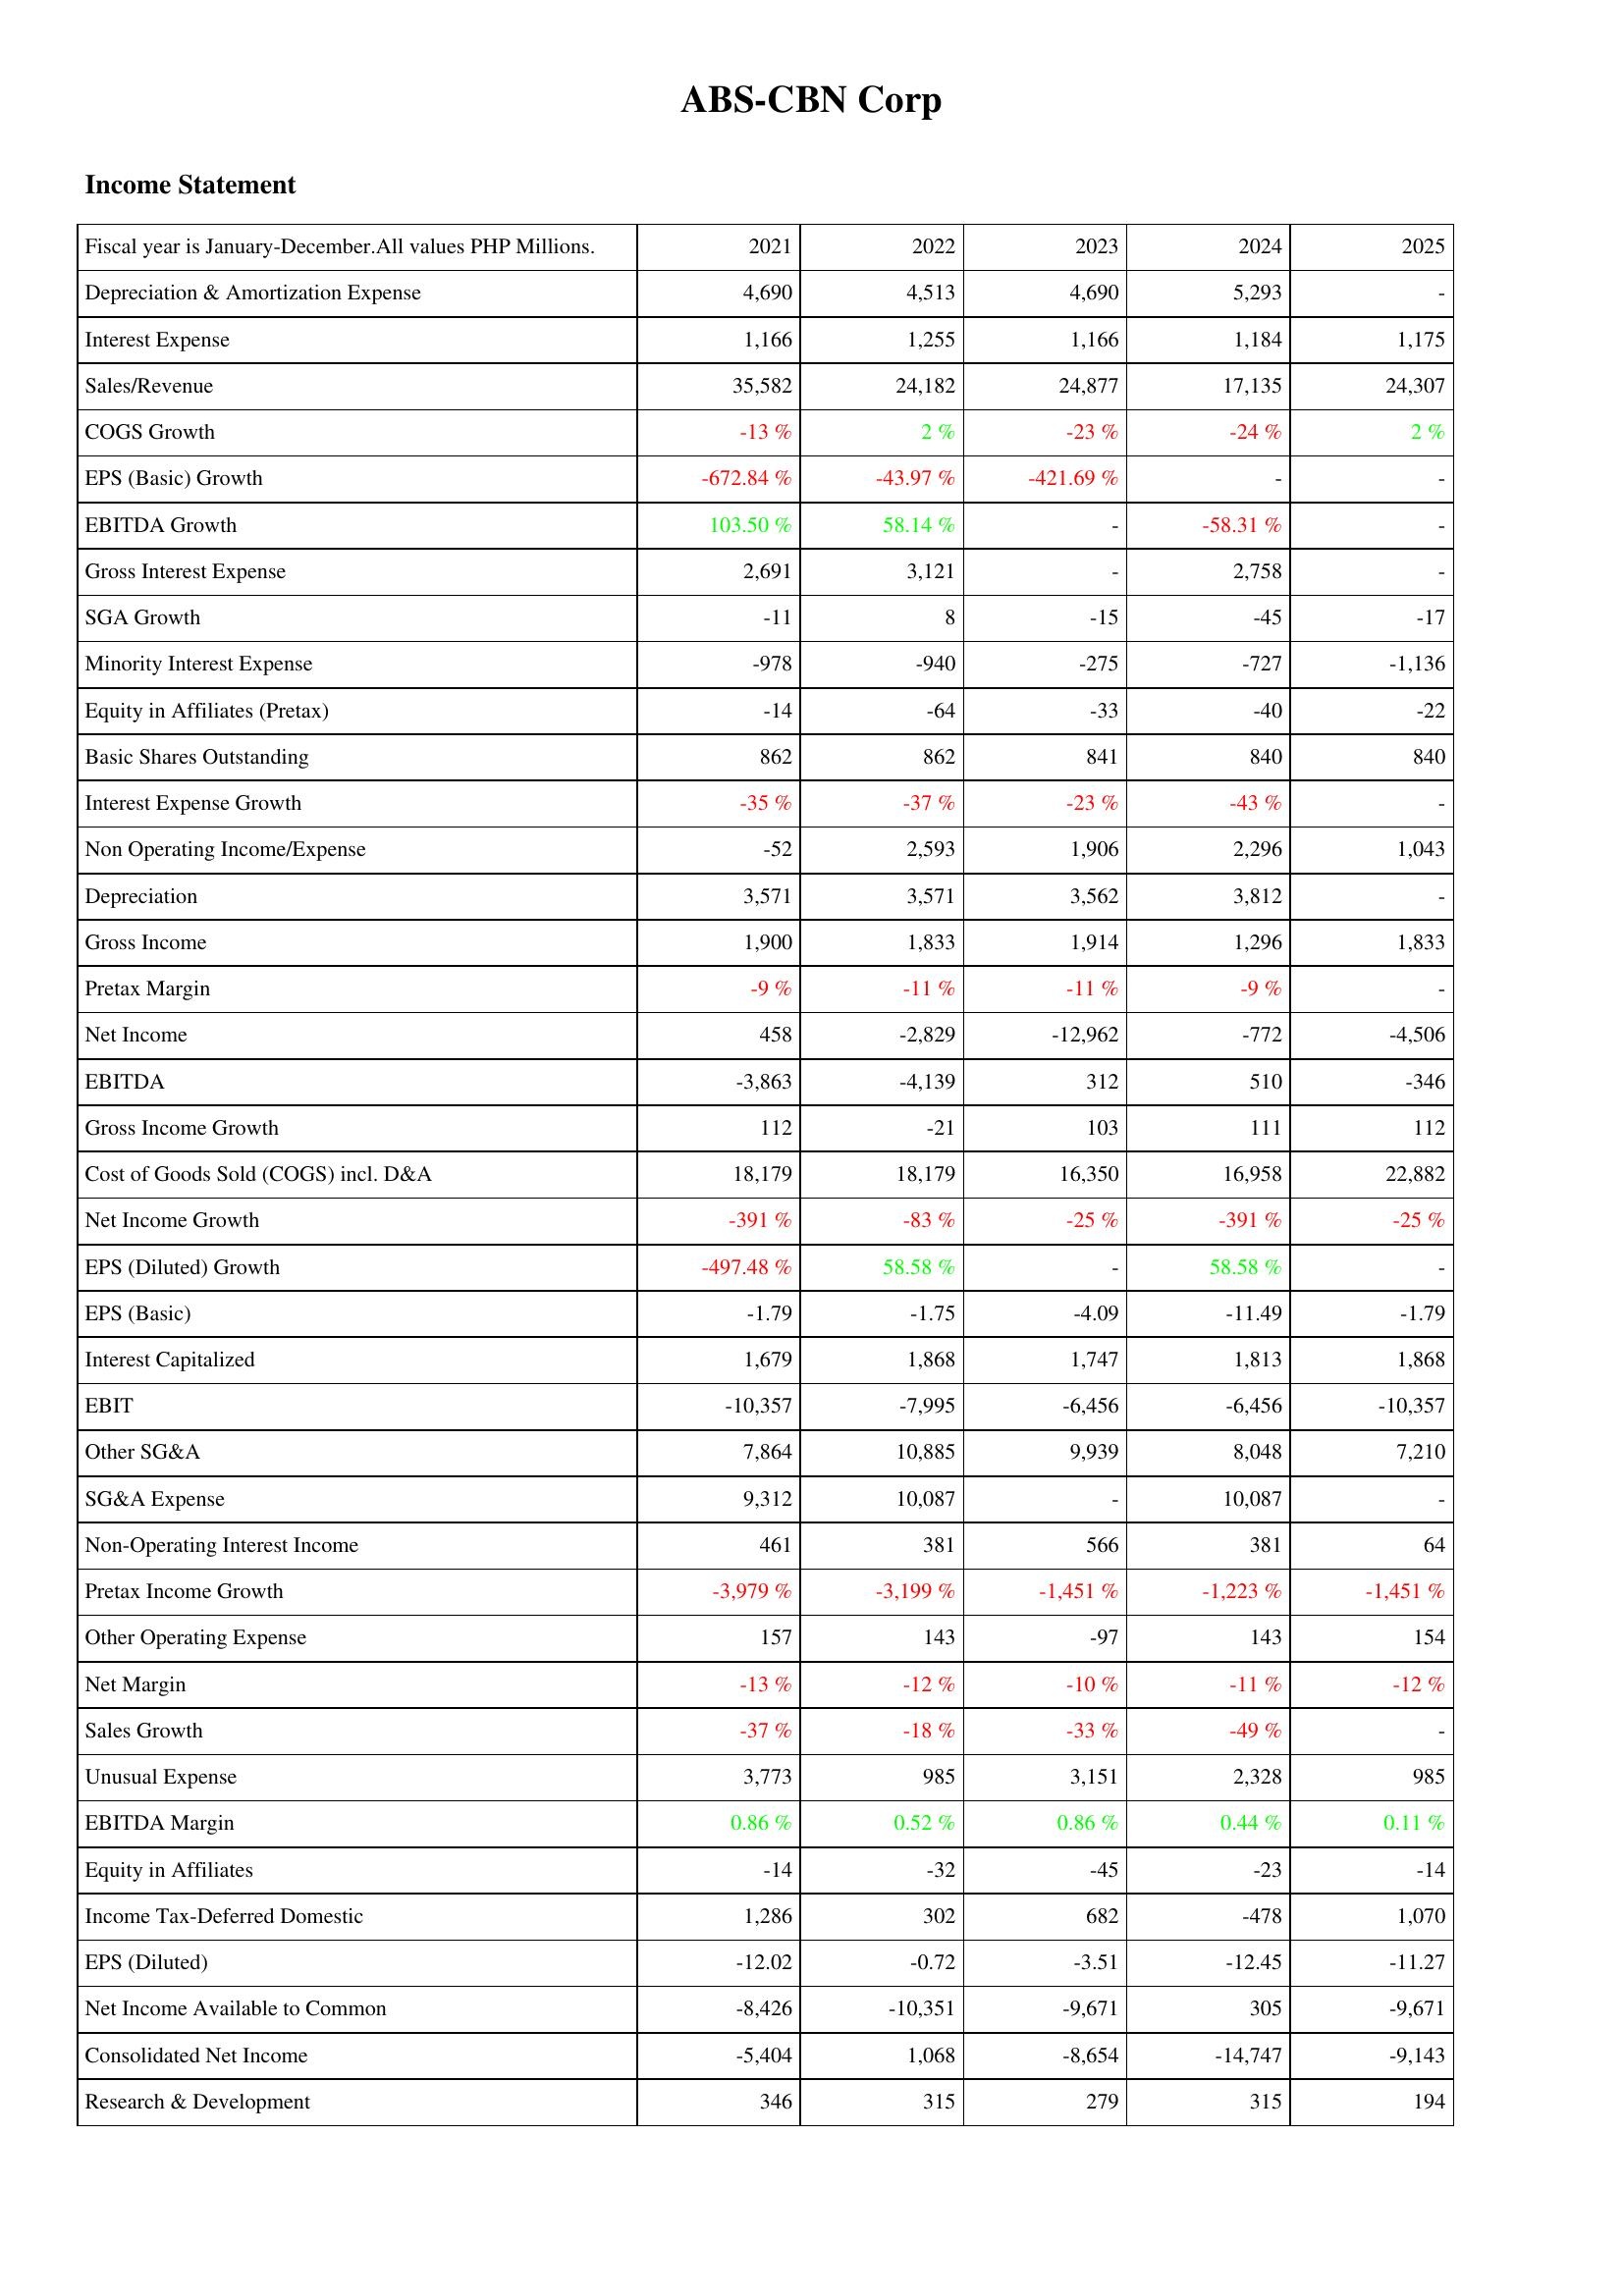
2021: Income Statement: Depreciation & Amortization Expense: 4,690
Interest Expense: 1,166
Sales/Revenue: 35,582
COGS Growth: -13 %
EPS (Basic) Growth: -672.84 %
EBITDA Growth: 103.50 %
Gross Interest Expense: 2,691
SGA Growth: -11
Minority Interest Expense: -978
Equity in Affiliates (Pretax): -14
Basic Shares Outstanding: 862
Interest Expense Growth: -35 %
Non Operating Income/Expense: -52
Depreciation: 3,571
Gross Income: 1,900
Pretax Margin: -9 %
Net Income: 458
EBITDA: -3,863
Gross Income Growth: 112
Cost of Goods Sold (COGS) incl. D&A: 18,179
Net Income Growth: -391 %
EPS (Diluted) Growth: -497.48 %
EPS (Basic): -1.79
Interest Capitalized: 1,679
EBIT: -10,357
Other SG&A: 7,864
SG&A Expense: 9,312
Non-Operating Interest Income: 461
Pretax Income Growth: -3,979 %
Other Operating Expense: 157
Net Margin: -13 %
Sales Growth: -37 %
Unusual Expense: 3,773
EBITDA Margin: 0.86 %
Equity in Affiliates: -14
Income Tax-Deferred Domestic: 1,286
EPS (Diluted): -12.02
Net Income Available to Common: -8,426
Consolidated Net Income: -5,404
Research & Development: 346
2022: Income Statement: Depreciation & Amortization Expense: 4,513
Interest Expense: 1,255
Sales/Revenue: 24,182
COGS Growth: 2 %
EPS (Basic) Growth: -43.97 %
EBITDA Growth: 58.14 %
Gross Interest Expense: 3,121
SGA Growth: 8
Minority Interest Expense: -940
Equity in Affiliates (Pretax): -64
Basic Shares Outstanding: 862
Interest Expense Growth: -37 %
Non Operating Income/Expense: 2,593
Depreciation: 3,571
Gross Income: 1,833
Pretax Margin: -11 %
Net Income: -2,829
EBITDA: -4,139
Gross Income Growth: -21
Cost of Goods Sold (COGS) incl. D&A: 18,179
Net Income Growth: -83 %
EPS (Diluted) Growth: 58.58 %
EPS (Basic): -1.75
Interest Capitalized: 1,868
EBIT: -7,995
Other SG&A: 10,885
SG&A Expense: 10,087
Non-Operating Interest Income: 381
Pretax Income Growth: -3,199 %
Other Operating Expense: 143
Net Margin: -12 %
Sales Growth: -18 %
Unusual Expense: 985
EBITDA Margin: 0.52 %
Equity in Affiliates: -32
Income Tax-Deferred Domestic: 302
EPS (Diluted): -0.72
Net Income Available to Common: -10,351
Consolidated Net Income: 1,068
Research & Development: 315
2023: Income Statement: Depreciation & Amortization Expense: 4,690
Interest Expense: 1,166
Sales/Revenue: 24,877
COGS Growth: -23 %
EPS (Basic) Growth: -421.69 %
EBITDA Growth: -
Gross Interest Expense: -
SGA Growth: -15
Minority Interest Expense: -275
Equity in Affiliates (Pretax): -33
Basic Shares Outstanding: 841
Interest Expense Growth: -23 %
Non Operating Income/Expense: 1,906
Depreciation: 3,562
Gross Income: 1,914
Pretax Margin: -11 %
Net Income: -12,962
EBITDA: 312
Gross Income Growth: 103
Cost of Goods Sold (COGS) incl. D&A: 16,350
Net Income Growth: -25 %
EPS (Diluted) Growth: -
EPS (Basic): -4.09
Interest Capitalized: 1,747
EBIT: -6,456
Other SG&A: 9,939
SG&A Expense: -
Non-Operating Interest Income: 566
Pretax Income Growth: -1,451 %
Other Operating Expense: -97
Net Margin: -10 %
Sales Growth: -33 %
Unusual Expense: 3,151
EBITDA Margin: 0.86 %
Equity in Affiliates: -45
Income Tax-Deferred Domestic: 682
EPS (Diluted): -3.51
Net Income Available to Common: -9,671
Consolidated Net Income: -8,654
Research & Development: 279
2024: Income Statement: Depreciation & Amortization Expense: 5,293
Interest Expense: 1,184
Sales/Revenue: 17,135
COGS Growth: -24 %
EPS (Basic) Growth: -
EBITDA Growth: -58.31 %
Gross Interest Expense: 2,758
SGA Growth: -45
Minority Interest Expense: -727
Equity in Affiliates (Pretax): -40
Basic Shares Outstanding: 840
Interest Expense Growth: -43 %
Non Operating Income/Expense: 2,296
Depreciation: 3,812
Gross Income: 1,296
Pretax Margin: -9 %
Net Income: -772
EBITDA: 510
Gross Income Growth: 111
Cost of Goods Sold (COGS) incl. D&A: 16,958
Net Income Growth: -391 %
EPS (Diluted) Growth: 58.58 %
EPS (Basic): -11.49
Interest Capitalized: 1,813
EBIT: -6,456
Other SG&A: 8,048
SG&A Expense: 10,087
Non-Operating Interest Income: 381
Pretax Income Growth: -1,223 %
Other Operating Expense: 143
Net Margin: -11 %
Sales Growth: -49 %
Unusual Expense: 2,328
EBITDA Margin: 0.44 %
Equity in Affiliates: -23
Income Tax-Deferred Domestic: -478
EPS (Diluted): -12.45
Net Income Available to Common: 305
Consolidated Net Income: -14,747
Research & Development: 315
2025: Income Statement: Depreciation & Amortization Expense: -
Interest Expense: 1,175
Sales/Revenue: 24,307
COGS Growth: 2 %
EPS (Basic) Growth: -
EBITDA Growth: -
Gross Interest Expense: -
SGA Growth: -17
Minority Interest Expense: -1,136
Equity in Affiliates (Pretax): -22
Basic Shares Outstanding: 840
Interest Expense Growth: -
Non Operating Income/Expense: 1,043
Depreciation: -
Gross Income: 1,833
Pretax Margin: -
Net Income: -4,506
EBITDA: -346
Gross Income Growth: 112
Cost of Goods Sold (COGS) incl. D&A: 22,882
Net Income Growth: -25 %
EPS (Diluted) Growth: -
EPS (Basic): -1.79
Interest Capitalized: 1,868
EBIT: -10,357
Other SG&A: 7,210
SG&A Expense: -
Non-Operating Interest Income: 64
Pretax Income Growth: -1,451 %
Other Operating Expense: 154
Net Margin: -12 %
Sales Growth: -
Unusual Expense: 985
EBITDA Margin: 0.11 %
Equity in Affiliates: -14
Income Tax-Deferred Domestic: 1,070
EPS (Diluted): -11.27
Net Income Available to Common: -9,671
Consolidated Net Income: -9,143
Research & Development: 194